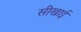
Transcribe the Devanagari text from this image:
सीखाई